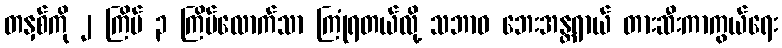
တနှစ်ကို ၂ ကြိမ် ၃ ကြိမ်လောက်သာ ကြုံရတယ်လို့ သဘာဝ ဘေးအန္တရာယ် တားဆီးကာကွယ်ရေး